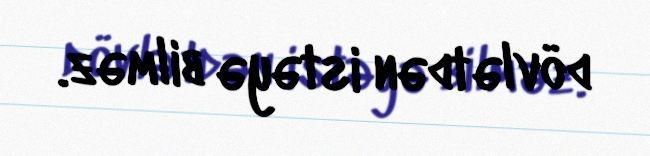
dövlətdən istəyə bilməz.